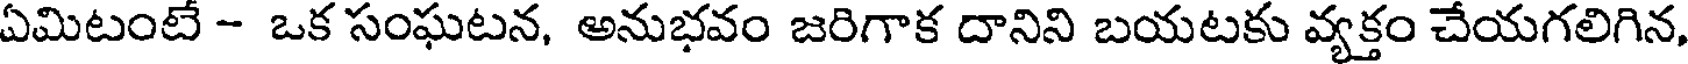
ఏమిటంటే - ఒక సంఘటన, అనుభవం జరిగాక దానిని బయటకు వ్యక్తం చేయగలిగిన,